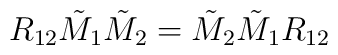
R_{12} \tilde{M}_{1} \tilde{M}_{2} = \tilde{M}_{2} \tilde{M}_{1} {R}_{12}